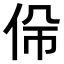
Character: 𠈡